King Institute of Preventive Medicine Bacteriolog. Section reports 1907-08
Year: 1907
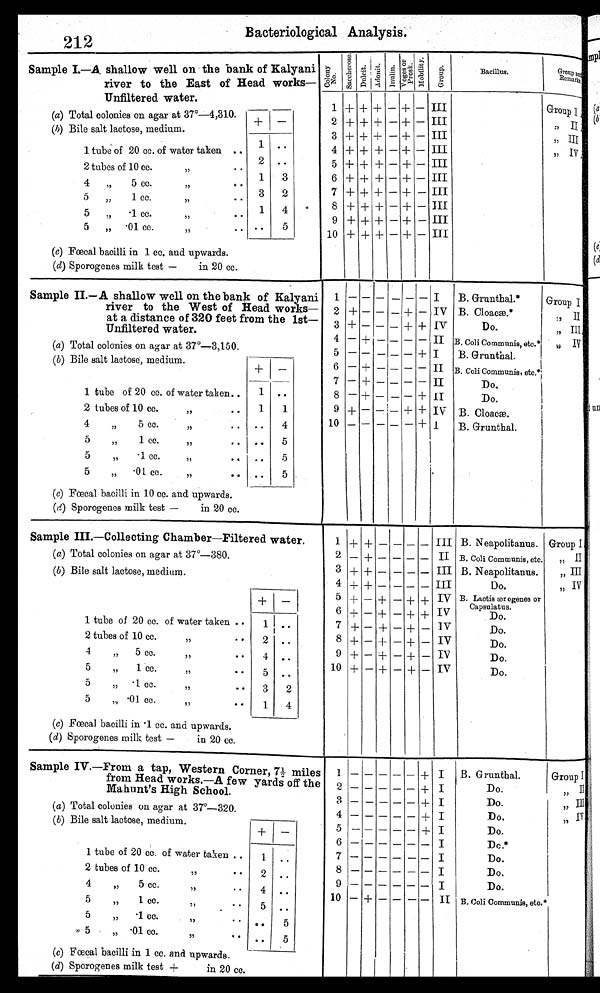
Bacteriological Analysis.
212
Sample I.—A shallow well on the bank of Kalyani
river to the East of Head works—
Unfiltered water.
C o l o n y
N o .
S a c c h e r o s e . Dulcit.
Adonit.
Inulin. Voges or
Prosk.
M o b i l i t y . Group
Bacillus.
Group and
Remarks.
1 + + + — + — III
Group
Ia
(a) Total colonies on agar at 37°—4,310.
+
—
2 + + + — + — III
,,
II
(b) Bile salt lactose, medium.
3 +
+
+
—
+ — III
,, III
1 tube of 20 cc. of water taken • •
1
..
4 + + + — + — III
,, IV
2 tubes of 10 cc.
,,
6 •
2 ..
5 + + + — + — III
4
„
5 cc.
,,•
•
1
3
6 + + +
—
+ — III
5
„
1 c c .
,,
3
2
7 + + + — + — III
5
„
.1 cc.
,,
• •
1
4
8 + + + — + — III
5
„
. 0 1 c c .
.01
,,
• •
..
5
9 + + + — + — III
10 + + + — + — III
(c) Fœcal bacilli in 1 cc. and upwards.
(d) Sporogenes milk test — in 20 cc.
Sample II.—A shallow well on the bank of Kalyani
river to the West of Head works—
at a distance of 320 feet from the 1st—
Unfiltered water.
1 — — — — — — I
B. Grunthal.*
Group I
2 + — — — + — IV B. Cloacæ.*
,, II
3 + — — — + + IV
Do.
„ III
4 — + — — — — II B. Coli Communis, etc.*
„
IV
(a) Total colonies on agar at 37°—3,150.
5 — — — — — + I
B. Grunthal.
(b) Bile salt lactose medium.
+
—
6 — + — — — — II B. Coli Communis, etc.*
7 — + — — — — II
Do.
1 tube of 20 cc. of water taken..
1
..
8 — + — — — + II
Do.
2 tubes of 10 cc.
,,
. .
1
1
9 + — — — + + IV B. Cloacæ.
4
„
5 cc.
,,
. .
..
4
10 — — — — — + I
B. Grunthal.
5
,,
1 cc.
,,
. .
..
5
5
,,
.1 cc.
,,
.
..
5
5
,,
.0l cc.
,,
.. ..
5
(c) Fœcal bacilli in 10 cc. and upwards.
(d) Sporogenes milk test —in 20 cc.
Sample III.—Collecting Chamber—Filtered water.
1 + +
— — — —
III B. Neapolitanus. Group I
(a) Total colonies on agar at 37°—380.
2 — + — — — — II B. Coli Communis, etc.
,, II
(b) Bile salt lactose, medium.
3 + + — —
—
— III B. Neapolitanus.
„ III
4 + + —
—
— — III
Do.
„ IV
+
—
5 + — + — + + IV B. Lactis ærogenes or
Capsulatus.
6 + — +
—
+ + IV
Do.
1 tube of 20 cc. of water taken • •
1 ..
7 + — + — +
—
IV
Do.
2 tubes of 10 cc.
,,
•
2
..
8 + — + — + — IV
Do.
4
„
5 cc
,,
• .
4 ..
9 + — + — + — IV
Do.
5
„
1 cc
„
• •
5 ..
10 + — + — + — IV
Do.
5
„ .1 cc.
,,
• •
3
2
5
,, .01 cc.
,,• •
1
4
(c) Fœcal bacilli in .1 cc. and upwards.
(d) Sporogenes milk test — in 20 cc.
Sample IV.—From a tap, Western Corner, 7½ miles
from Head works.—A few yards off the
Mahunt's High School.
1
— — — — —
+ I
B. Grunthal.
Group I
2
— — — — —
+ I
Do.
,, II
3
— — — — —
+ I
Do.
„ III
(a) Total colonies on agar at 37°—320.
4
—
— — — — + I
Do.
„
IV
( b) Bile salt lactose, medium.
+
—
5
— — — — —
+ I
Do.
6
—
—
— — — —
I
Do.*
1 tube of 20 cc. of water taken . .
1
..
7
— — — — — —
I
Do.
2 tubes of 10 cc
,,
• •
2
..
8
— — — — — —
I
Do.
4
„
5 cc.
„
' •
4
..
9
— — — — — —
I
Do.
5
„
1 cc.
„
5
..
10
—
+ — — —
—
II B. Coli Communis, etc.*
5
„
.1 cc.
,,
• • ..
5
5
„ .01 co.
,,
. •
..
5
(c) Fœcal bacilli in 1 cc. and upwards.
( d) Sporogenes milk test + in 20 cc.